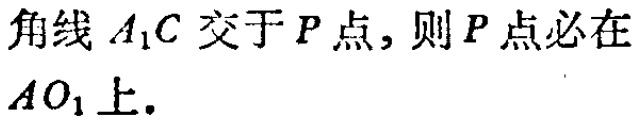
角线 \(A_{1}C\) 交于 \(P\) 点，则 \(P\) 点必在 \(AO_{1}\) 上.